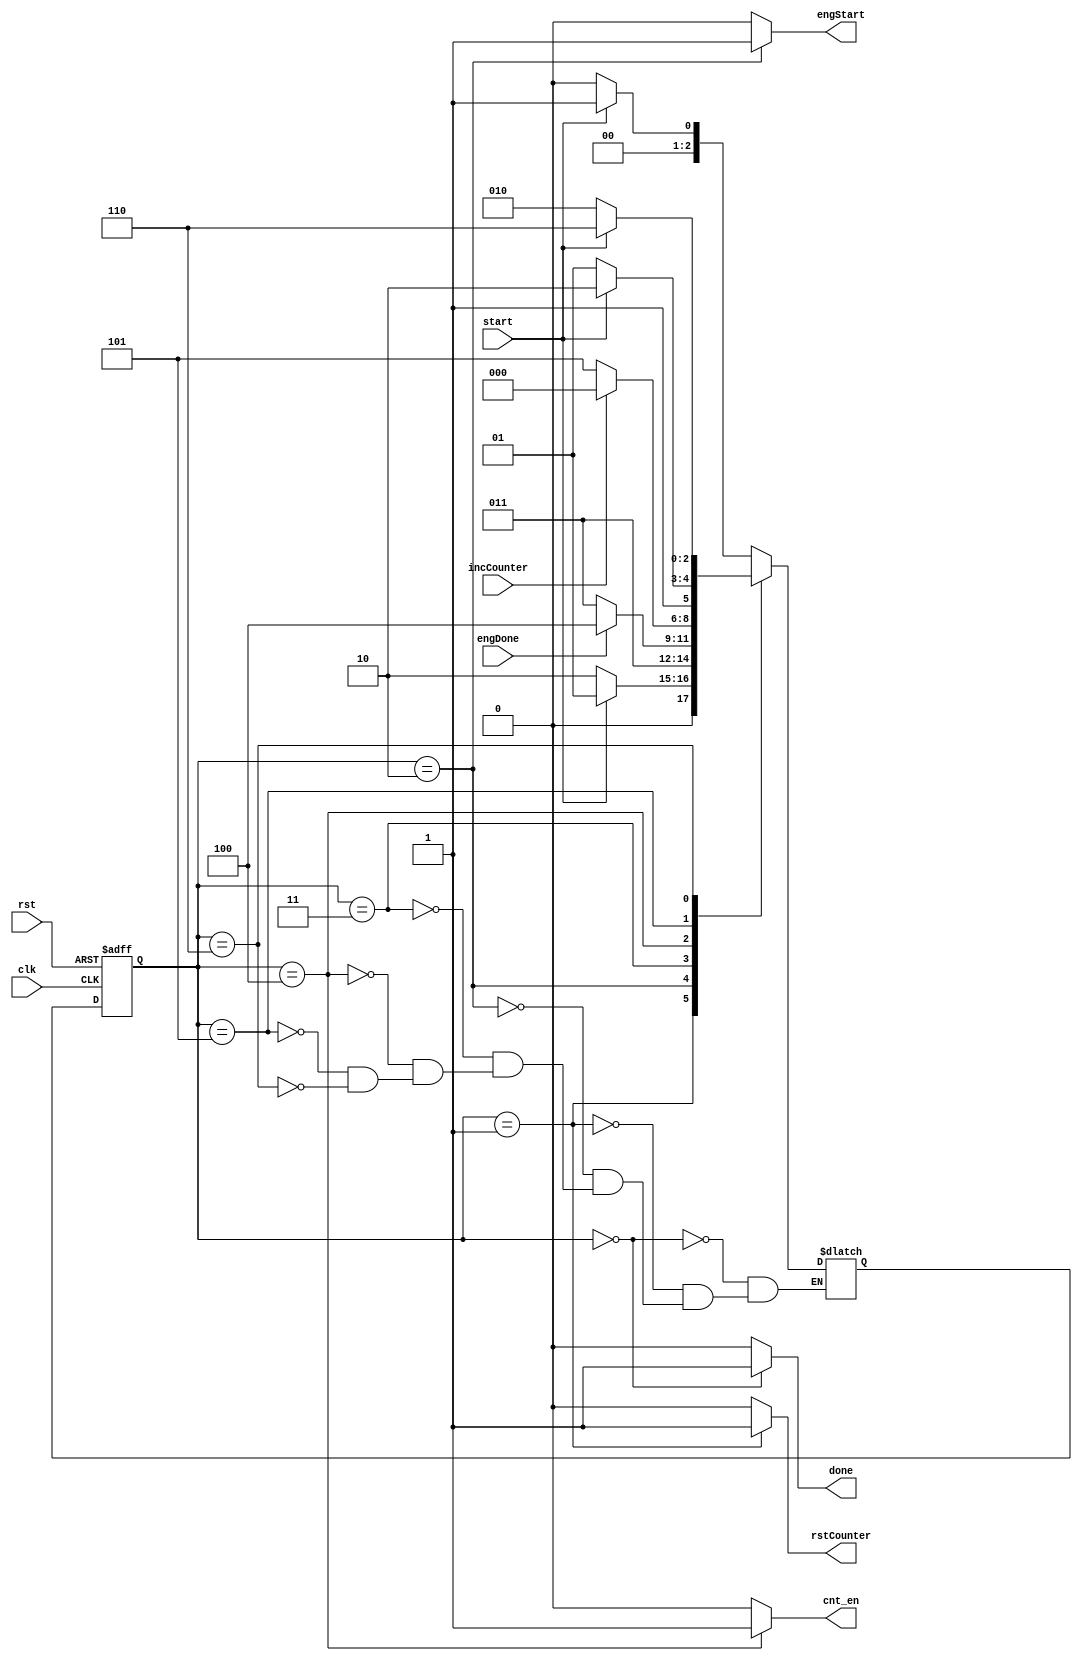
`define State1    4'b0000
`define State2    4'b0001
`define State3 4'b0010
`define State4   4'b0011
`define State5    4'b0100
`define State6   4'b0101
`define State7    4'b0110

module WrapperController(
    input start, engDone, clk, rst ,incCounter,
    output reg done, engStart, rstCounter, cnt_en
);
    reg [2:0] ps, ns;

    always @(posedge clk, posedge rst) begin
        if (rst) ps <= `State1;
        else ps <= ns;
    end

    always @(ps, start, engDone,incCounter) begin
        case (ps)
            `State1:    ns = start ? `State2 : `State1;
            `State2:    ns = start ? `State2 : `State3;
            `State3: ns = `State4;
            `State4:   ns = engDone ? `State5 : `State4;
            `State5:    ns = incCounter ? `State1 : `State6;
            `State6:   ns = start ? `State7 : `State6;
            `State7:    ns = start ? `State7 : `State3;
            default:;
        endcase
    end

    always @(ps) begin
        {done, engStart, rstCounter, cnt_en} = 4'b0;
        case (ps)
            `State1: done = 1'b1;
            `State2: rstCounter = 1'b1;
            `State3: engStart = 1'b1;
            `State4: ;
            `State5: cnt_en = 1'b1;
            `State6: ;
            `State7: ;
            default:;
        endcase
    end
endmodule